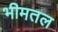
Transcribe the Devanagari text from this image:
भीमतल